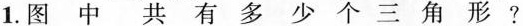
1.图中共有多少个三角形？